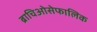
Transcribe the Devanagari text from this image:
ब्राचिओसेफालिक